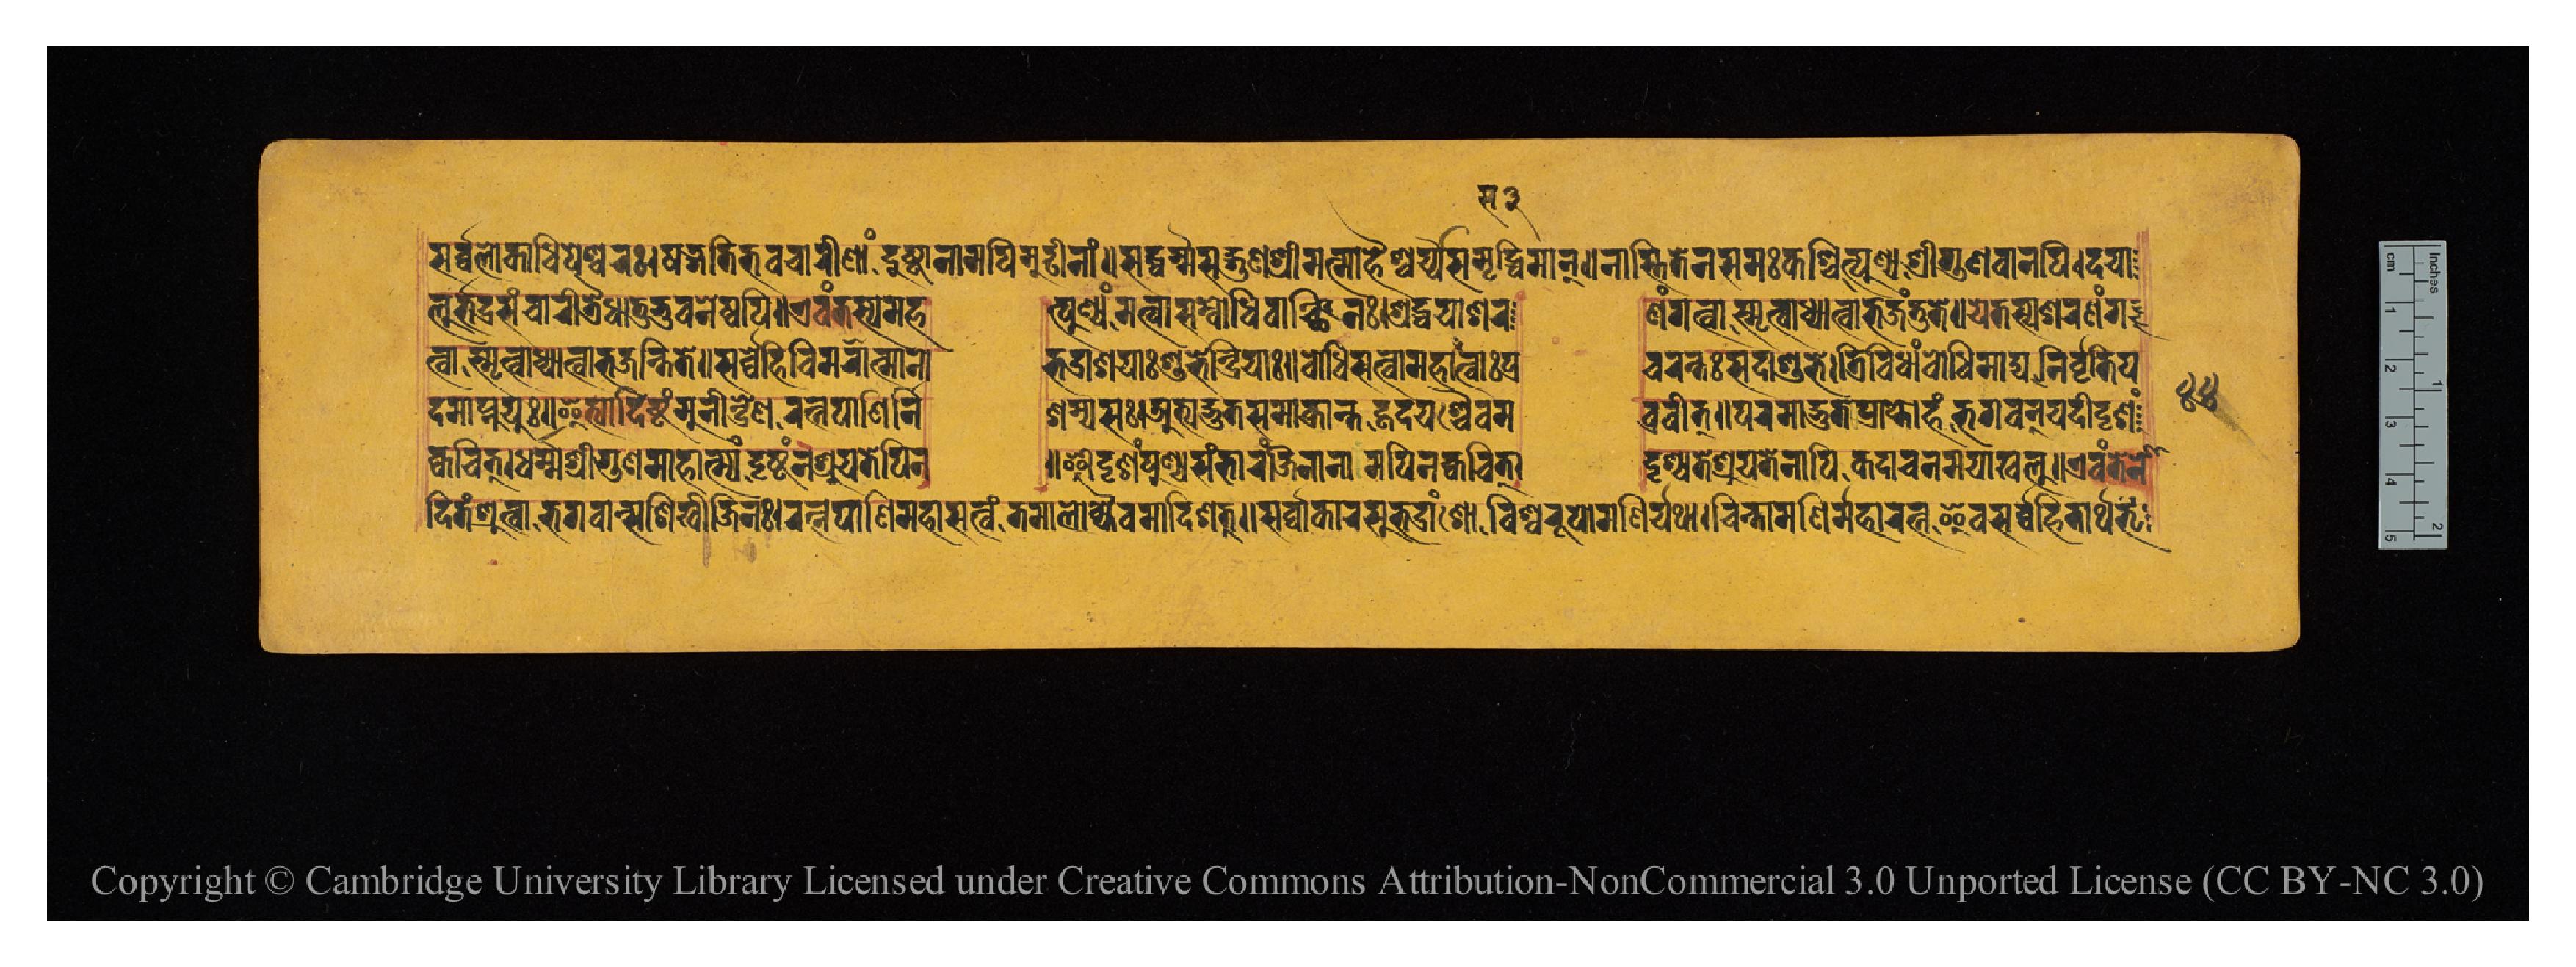
𑐳𑐬𑑂𑐰𑑂𑐰𑐮𑑀𑐎𑐵𑐢𑐶𑐥𑐾𑐱𑑂𑐰𑐬𑑅𑑋𑐲𑐜𑑂𑐐𑐟𑐶𑐨𑐰𑐔𑐵𑐬𑐷𑐞𑐵𑑄𑐡𑐸𑐲𑑂𑐚𑐵𑐣𑐵𑐩𑐥𑐶𑐩𑐹𑐝𑐵𑐣𑐵𑑄𑑌𑐳𑐡𑑂𑐢𑐬𑑂𑐩𑑂𑐩𑐳𑐡𑑂𑐐𑐸𑐞𑐱𑑂𑐬𑐷𑐩𑐣𑑂𑐩𑐵𑐴𑐿𑐱𑑂𑐰𑐬𑑂𑐫𑐳𑐩𑐺𑐡𑑂𑐢𑐶𑐩𑐵𑐣𑑂𑑌𑐣𑐵𑐳𑑂𑐟𑐶𑐟𑐾𑐣𑐳𑐩𑑅𑐎𑐱𑑂𑐔𑐶𑐟𑑂𑐥𑐸𑐞𑑂𑐫𑐱𑑂𑐬𑐷𑐐𑐸𑐞𑐰𑐵𑐣𑐥𑐶𑑋𑐡𑐫𑐵 𑐮𑐸𑐬𑑂𑐨𑐡𑑂𑐬𑐳𑐘𑑂𑐔𑐵𑐬𑐷𑐟𑑂𑐬𑐿𑐢𑐵𑐟𑐸𑐨𑐸𑐰𑐣𑐾𑐲𑑂𑐰𑐥𑐶𑑌𑐊𑐰𑑄𑐟𑐳𑑂𑐫𑐩𑐴  𑐟𑑂𑐥𑐸𑐞𑑂𑐫𑑄𑐩𑐟𑑂𑐰𑐵𑐳𑑄𑐧𑑀𑐢𑐶𑐰𑐵𑐘𑑂𑐕𑐶𑐣𑑅𑑋𑐱𑑂𑐬𑐡𑑂𑐢𑐫𑐵𑐱𑐬  𑐞𑑄𑐐𑐟𑑂𑐰𑐵𑐳𑑂𑐩𑐺𑐟𑑂𑐰𑐵𑐢𑑂𑐫𑐵𑐟𑑂𑐰𑐵𑐨𑐖𑑄𑐟𑐶𑐟𑐾𑑌𑐫𑐾𑐟𑐳𑑂𑐫𑐱𑐬𑐞𑑄𑐐 𑐟𑑂𑐰𑐵𑐳𑑂𑐩𑐺𑐟𑑂𑐰𑐵𑐢𑑂𑐫𑐵𑐟𑑂𑐰𑐵𑐨𑐖𑑄𑐟𑐶𑐟𑐾𑑋𑐳𑐬𑑂𑐰𑑂𑐰𑐾𑐴𑐶𑐰𑐶𑐩𑐮𑐵𑐟𑑂𑐩𑐵𑐣𑑀  𑐨𑐡𑑂𑐬𑐵𑐱𑐫𑐵𑑅𑐱𑐸𑐨𑐾𑑄𑐡𑑂𑐬𑐶𑐫𑐵𑑅𑑌𑐧𑑀𑐢𑐶𑐳𑐟𑑂𑐰𑐵𑐩𑐴𑐵𑐳𑐟𑑂𑐰𑐵𑑅𑐥𑑂𑐬  𑐔𑐬𑑄𑐟𑑅𑐳𑐡𑐵𑐱𑐸𑐨𑐾𑑋𑐟𑑂𑐬𑐶𑐰𑐶𑐢𑐵𑑄𑐧𑑀𑐢𑐶𑐩𑐵𑐳𑐵𑐢𑑂𑐫𑐣𑐶𑐬𑑂𑐰𑐺𑐟𑐶𑑄𑐥 𑐡𑐩𑐵𑐥𑑂𑐣𑐸𑐫𑐸𑑅𑑋𑐂𑐟𑑂𑐫𑐵𑐡𑐶𑐲𑑂𑐚𑑄𑐩𑐸𑐣𑐷𑑄𑐡𑑂𑐬𑐾𑐞𑐬𑐟𑑂𑐣𑐥𑐵𑐞𑐶𑐬𑑂𑐣𑐶  𑐱𑐩𑑂𑐫𑐳𑑅𑑋𑐀𑐟𑑂𑐫𑐡𑑂𑐨𑐸𑐟𑐳𑐩𑐎𑑂𑐬𑐵𑐣𑑂𑐟𑐴𑐡𑐫𑐱𑑂𑐔𑐿𑐰𑐩  𑐧𑑂𑐬𑐰𑐷𑐟𑑂𑑌𑐥𑐬𑐩𑐵𑐡𑑂𑐨𑐸𑐟𑐥𑑂𑐬𑐵𑐥𑑂𑐟𑑀𑐴𑑄𑐨𑐐𑐰𑐣𑑂𑐫𑐡𑐷𑐡𑐺𑐱𑑄 𑐎𑑂𑐰𑐔𑐶𑐟𑑂𑑋𑐢𑐬𑑂𑐩𑑂𑐩𑐱𑑂𑐬𑐷𑐐𑐸𑐞𑐩𑐵𑐴𑐵𑐟𑑂𑐩𑑂𑐫𑑄𑐡𑐺𑐲𑑂𑐚𑑄𑐣𑐱𑑂𑐬𑐹𑐫𑐟𑐾𑐥𑐶𑐣  𑑌𑐃𑐡𑐺𑐱𑑄𑐥𑐸𑐞𑑂𑐫𑐳𑑄𑐨𑐵𑐬𑑄𑐖𑐶𑐣𑐵𑐣𑐵𑐩𑐥𑐶𑐣𑐎𑑂𑐰𑐔𑐶𑐟𑑂𑑋  𑐡𑐺𑐱𑑂𑐫𑐟𑐾𑐱𑑂𑐬𑐹𑐫𑐟𑐾𑐣𑐵𑐥𑐶𑐎𑐡𑐵𑐔𑐣𑐩𑐫𑐵𑐏𑐮𑐸𑑌𑐊𑐰𑑄𑐟𑐾𑐣𑑀 𑐡𑐶𑐟𑑄𑐱𑑂𑐬𑐸𑐟𑑂𑐰𑐵𑐨𑐐𑐰𑐵𑐣𑑂𑐳𑐱𑐶𑐏𑐷𑐖𑐶𑐣𑑅𑑋𑐬𑐟𑑂𑐣𑐥𑐵𑐞𑐶𑑄𑐩𑐴𑐵𑐳𑐟𑑂𑐰𑑄𑐟𑐩𑐵𑐮𑑀𑐎𑑂𑐫𑐿𑐰𑐩𑐵𑐡𑐶𑐱𑐟𑑂𑑌𑐳𑐬𑑂𑐰𑑂𑐰𑐵𑐎𑐵𑐬𑐳𑐸𑐨𑐡𑑂𑐬𑐵𑑄𑐱𑑀𑐰𑐶𑐱𑑂𑐰𑐬𑐸𑐥𑑀𑐩𑐞𑐶𑐬𑑂𑐫𑐠𑐵𑑋𑐔𑐶𑐣𑑂𑐟𑐵𑐩𑐞𑐶𑐬𑑂𑐩𑐴𑐵𑐬𑐟𑑂𑐣𑐿𑐰𑐳𑐬𑑂𑐰𑑂𑐰𑐴𑐶𑐟𑐵𑐬𑑂𑐠𑐨𑐺 𑑔𑑔